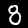
Label: 8